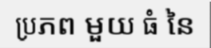
ប្រភព មួយ ធំ នៃ